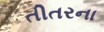
તીતરના